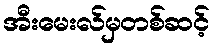
အီးမေးလ်မှတစ်ဆင့်